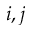
i , j